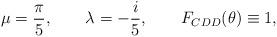
LaTeX: \begin{align*}\mu = \frac{\pi}{5}, \qquad \lambda=-\frac{i}{5}, \qquad F_{CDD}(\theta)\equiv1,\end{align*}